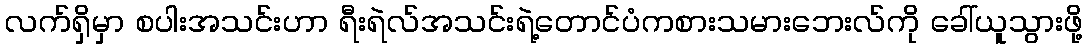
လက်ရှိမှာ စပါးအသင်းဟာ ရီးရဲလ်အသင်းရဲ့တောင်ပံကစားသမားဘေးလ်ကို ခေါ်ယူသွားဖို့